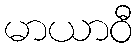
မာယာဝီ